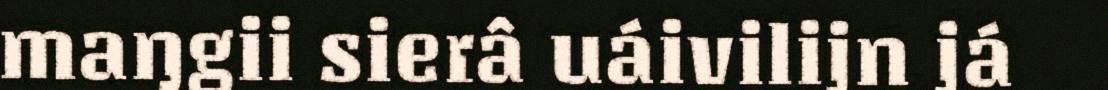
maŋgii sierâ uáivilijn já